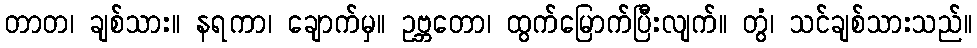
တာတ၊ ချစ်သား။ နရကာ၊ ချောက်မှ။ ဥဗ္ဘတော၊ ထွက်မြောက်ပြီးလျက်။ တွံ၊ သင်ချစ်သားသည်။